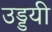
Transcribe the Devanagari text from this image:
उड्डयी